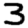
Digit: 3